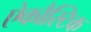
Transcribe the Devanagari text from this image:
ऐकौस्टिक